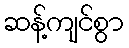
ဆန့်ကျင်စွာ